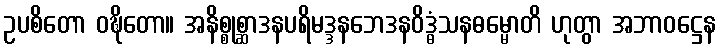
ဥပစိတော ဝဍ္ဎိတော။ အနိစ္စုစ္ဆာဒနပရိမဒ္ဒနဘေဒနဝိဒ္ဓံသနဓမ္မောတိ ဟုတွာ အဘာဝဋ္ဌေန